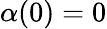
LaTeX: \alpha(0)=0